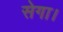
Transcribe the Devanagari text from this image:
सेगा।